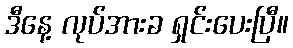
ဒီနေ့ လုပ်အားခ ရှင်းပေးပြီ။